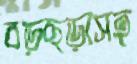
বড়ছড়াসহ